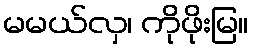
မမယ်လှ၊ ကိုဖိုးမြ။